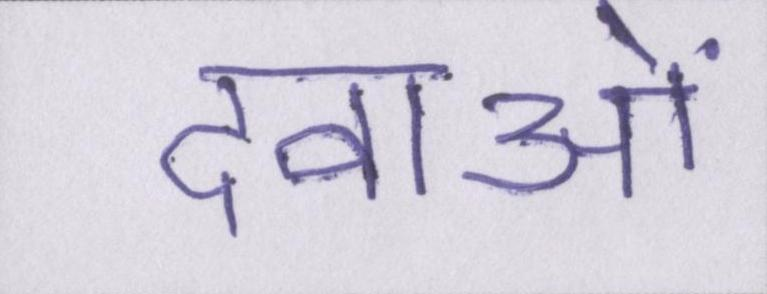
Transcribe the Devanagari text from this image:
दवाओं